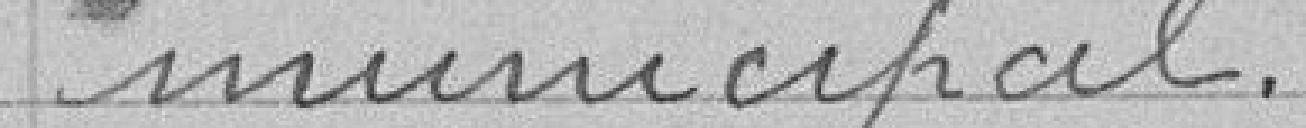
municipal.